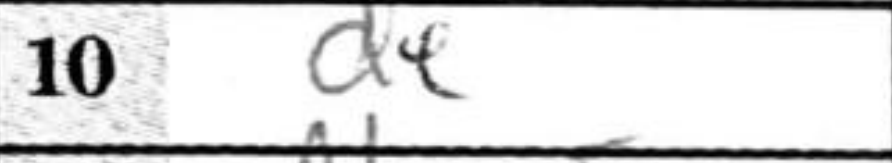
Transcription: d4